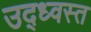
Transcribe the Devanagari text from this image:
उद्‌ध्‍वस्त